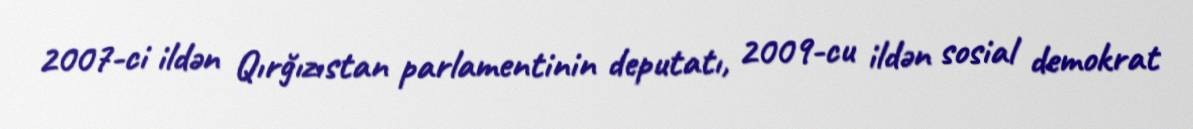
2007-ci ildən Qırğızıstan parlamentinin deputatı, 2009-cu ildən sosial demokrat